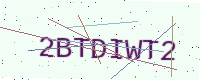
Text: 2BTDIWT2